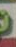
છે